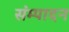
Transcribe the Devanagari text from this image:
संम्पादन